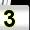
Digit: 3